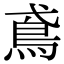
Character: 鳶